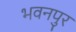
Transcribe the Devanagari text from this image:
भवनपुर